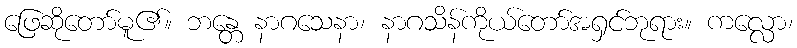
ဖြေဆိုတော်မူ၏။ ဘန္တေ နာဂသေနာ၊ နာဂသိန်ကိုယ်တော်အရှင်ဘုရား။ ကလ္လော၊